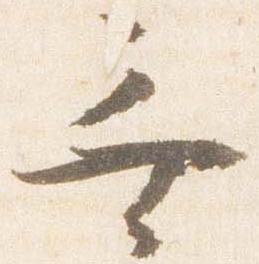
無